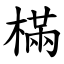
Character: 樠